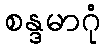
စန္ဒမာဂုံ